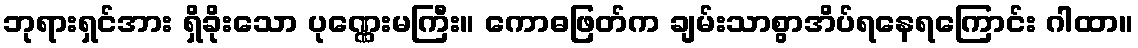
ဘုရားရှင်အား ရှိခိုးသော ပုဏ္ဏေးမကြီး။ ကောဓဖြတ်က ချမ်းသာစွာအိပ်ရနေရကြောင်း ဂါထာ။